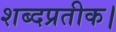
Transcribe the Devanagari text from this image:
शब्दप्रतीक।